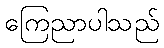
ကြေညာပါသည်